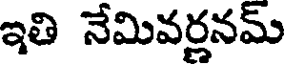
ఇతి నేమివర్లనమ్